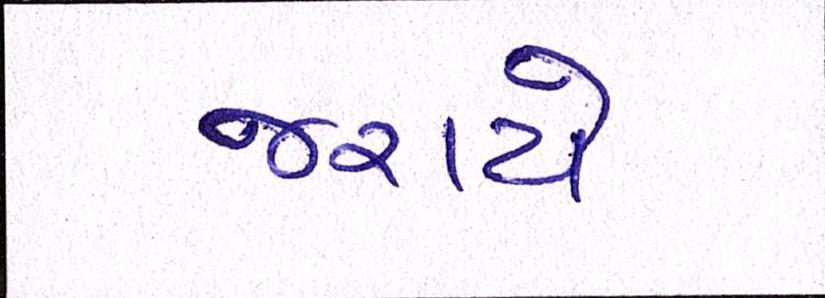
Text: જરાયે